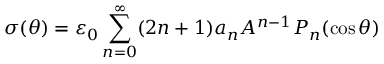
\sigma ( \theta ) = \varepsilon _ { 0 } \sum _ { n = 0 } ^ { \infty } ( 2 n + 1 ) a _ { n } A ^ { n - 1 } P _ { n } ( \cos \theta )